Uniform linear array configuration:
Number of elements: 4
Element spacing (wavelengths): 0.5
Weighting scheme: kaiser
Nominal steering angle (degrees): -15
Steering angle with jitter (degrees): -14.412
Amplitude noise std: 0.05
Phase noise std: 0.05

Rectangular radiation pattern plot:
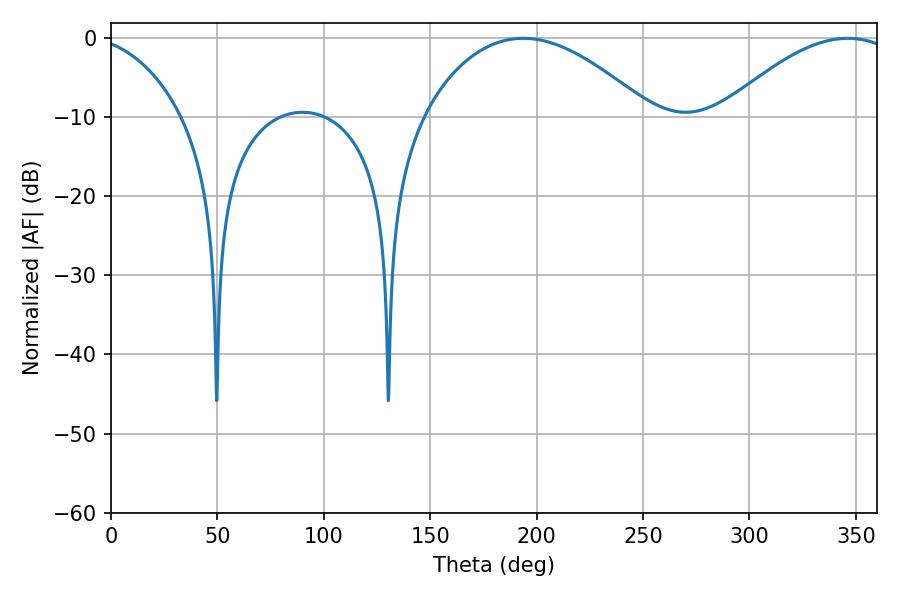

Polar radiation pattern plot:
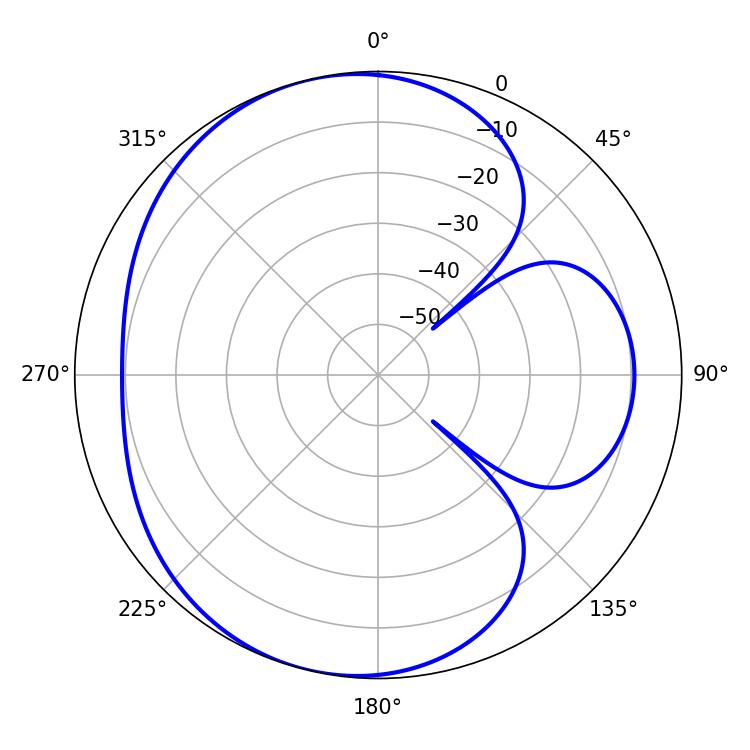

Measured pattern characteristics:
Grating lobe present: FALSE
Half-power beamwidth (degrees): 59.04
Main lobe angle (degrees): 193.68